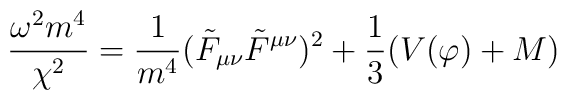
\frac{\omega^{2}m^{4}}{\chi^{2}}=\frac{1}{m^{4}}(\tilde{F}_{\mu\nu}\tilde{F}^{\mu\nu})^{2}+\frac{1}{3}(V(\varphi)+M)